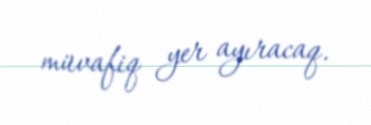
müvafiq yer ayıracaq.